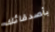
بأصدقائك